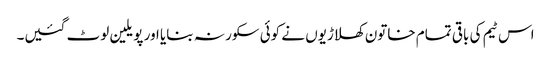
اس ٹیم کی باقی تمام خاتون کھلاڑیوں نے کوئی سکور نہ بنایا اور پویلین لوٹ گئیں۔